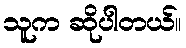
သူက ဆိုပါတယ်။